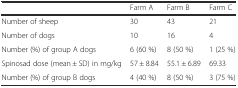
<table><thead><tr><td></td><td><b>Farm A</b></td><td><b>Farm B</b></td><td><b>Farm C</b></td></tr></thead><tbody><tr><td>Number of sheep</td><td>30</td><td>43</td><td>21</td></tr><tr><td>Number of dogs</td><td>10</td><td>16</td><td>4</td></tr><tr><td>Number (%) of group A dogs</td><td>6 (60 %)</td><td>8 (50 %)</td><td>1 (25 %)</td></tr><tr><td>Spinosad dose (mean ± SD) in mg/kg</td><td>57 ± 8.84</td><td>55.1 ± 6.89</td><td>69.33</td></tr><tr><td>Number (%) of group B dogs</td><td>4 (40 %)</td><td>8 (50 %)</td><td>3 (75 %)</td></tr></tbody></table>